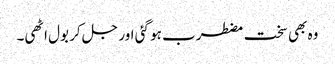
وہ بھی سخت مضطرب ہو گئی اور جل کر بول اٹھی۔